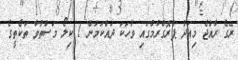
ރޭގެ ރާއްޖެ މިއަދު ޕްރޮގްރާމްގައި ވާހަކަ ދައްކަމުން 1 ކިލޯ މަސްތުވާ ތަކެތީގެ